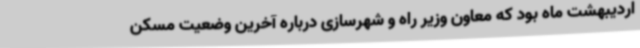
اردیبهشت ماه بود که معاون وزیر راه و شهرسازی درباره آخرین وضعیت مسکن